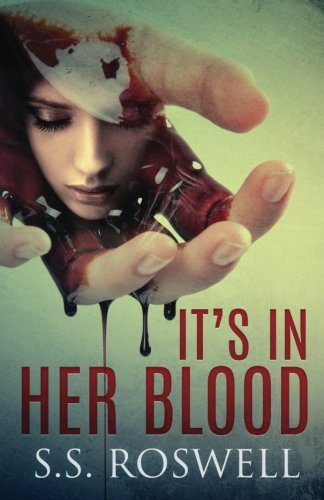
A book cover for It's In Her Blood; S.S. Roswell; Mystery, Thriller & Suspense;